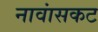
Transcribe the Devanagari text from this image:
नावांसकट